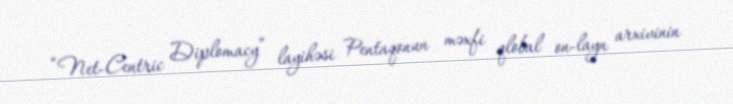
“Net-Centric Diplomacy” layihəsi Pentaqonun məxfi qlobal on-layn arxivinin